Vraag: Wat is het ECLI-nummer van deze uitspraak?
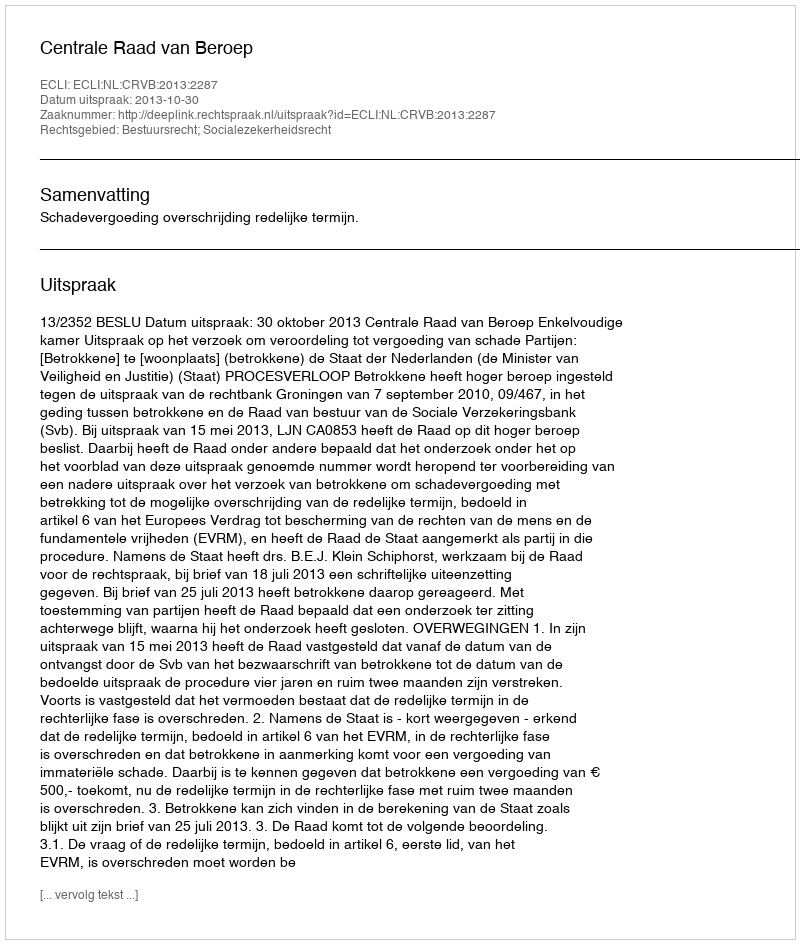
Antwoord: ECLI:NL:CRVB:2013:2287